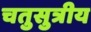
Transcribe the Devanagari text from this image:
चतुसुत्रीय